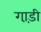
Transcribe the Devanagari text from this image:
गा़ड़ी